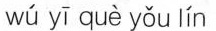
wú yī què yǒu lín